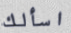
اسألك